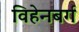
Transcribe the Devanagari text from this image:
विहेनबर्ग